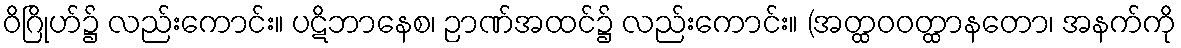
ဝိဂြိုဟ်၌ လည်းကောင်း။ ပဋိဘာနေစ၊ ဉာဏ်အထင်၌ လည်းကောင်း။ (အတ္ထဝဝတ္ထာနတော၊ အနက်ကို